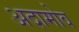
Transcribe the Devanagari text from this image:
अदामोव